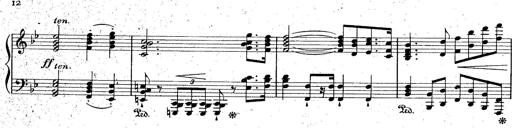
Title: La Marseillaise
Composer: Franz Liszt
Key: B-flat major